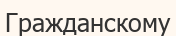
Гражданскому